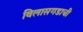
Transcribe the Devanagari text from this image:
विलासगडाची